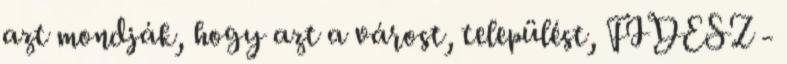
azt mondják, hogy azt a várost, települést, FIDESZ -